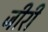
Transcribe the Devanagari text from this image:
जीरी